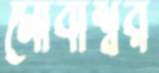
মোবাশ্বর